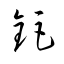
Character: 鉅